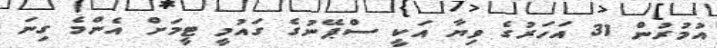
އުމުރުން 31 އަހަރުގެ ވިޔާ އަކީ ސްޕޭނުގެ ގައުމީ ޓީމަށް އެންމެ ގިނަ